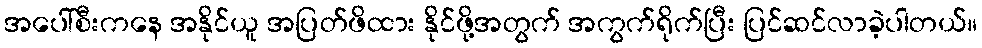
အပေါ်စီးကနေ အနိုင်ယူ အပြတ်ဖိထား နိုင်ဖို့အတွက် အကွက်ရိုက်ပြီး ပြင်ဆင်လာခဲ့ပါတယ်။